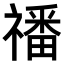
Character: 𥛮